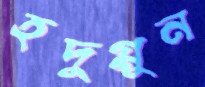
হদুগ্গুন